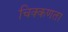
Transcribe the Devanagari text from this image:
चिक्कणता